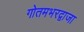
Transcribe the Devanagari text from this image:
गोतमभरद्वाजा